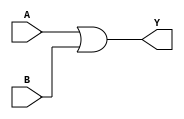
module org(A, B, Y); 
input A, B; 
output Y; 
assign Y = A | B;  
endmodule